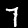
Label: 7